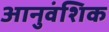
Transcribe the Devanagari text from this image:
आनुवंशिक